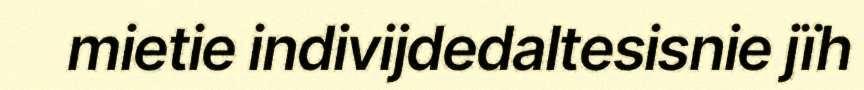
mietie indivijdedaltesisnie jïh